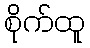
စိုက်ထူ